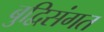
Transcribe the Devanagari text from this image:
बुद्विसंगत